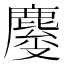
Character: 𱊿